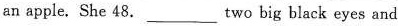
an apple. She 48. ___ two big black eyes and